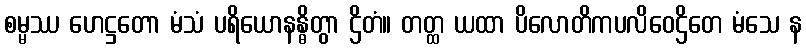
စမ္မဿ ဟေဋ္ဌတော မံသံ ပရိယောနန္ဓိတွာ ဌိတံ။ တတ္ထ ယထာ ပိလောတိကပလိဝေဌိတေ မံသေ န